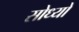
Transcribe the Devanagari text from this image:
सोध्यो